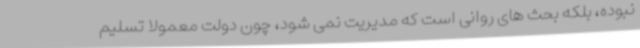
نبوده، بلکه بحث های روانی است که مدیریت نمی شود، چون دولت معمولا تسلیم